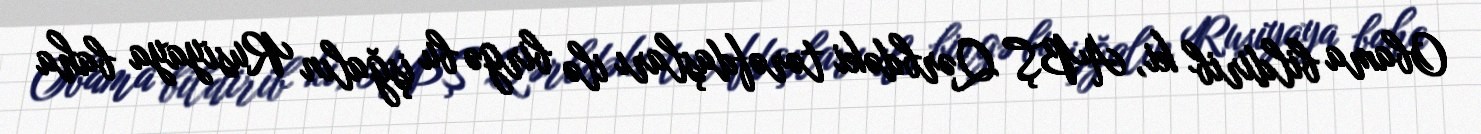
Obama bildirib ki, ABŞ Qərbdəki tərəfdaşları ilə birgə bu işğalın Rusiyaya baha